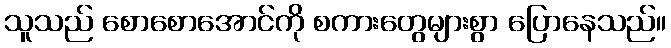
သူသည် စောစောအောင်ကို စကားတွေများစွာ ပြောနေသည်။